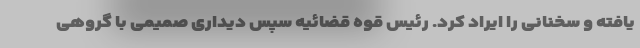
یافته و سخنانی را ایراد کرد. رئیس قوه قضائیه سپس دیداری صمیمی با گروهی